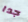
جدا